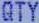
QTY